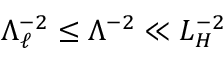
\Lambda _ { \ell } ^ { - 2 } \le \Lambda ^ { - 2 } \ll L _ { \cal H } ^ { - 2 }